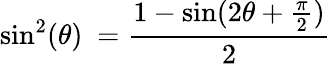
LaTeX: \sin^{2}(\theta)\ ={\frac{1-\sin(2\theta+{\frac{\pi}{2}})}{2}}